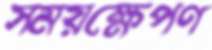
সময়ক্ষেপণ